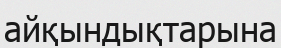
айқындықтарына